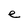
Character: e